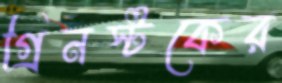
গ্রিনস্টকের